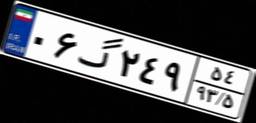
۰۶گ۲۴۹۵۴